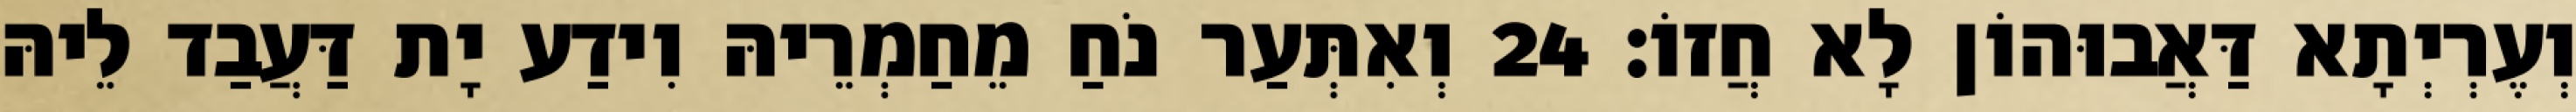
וְעֶרְיְתָא דַּאֲבוּהוֹן לָא חֲזוֹ׃ 24 וְאִתְּעַר נֹחַ מֵחַמְרֵיהּ וִידַע יָת דַּעֲבַד לֵיהּ